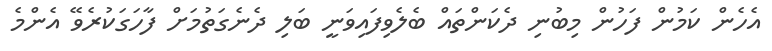
އެހެން ކަމުން ފަހުން މިބުނި ދެކަންތައް ބެލެވިފައިވަނީ ބަލި ދެނެގަތުމަށް ފާހަގަކުރެވޭ އެންމެ